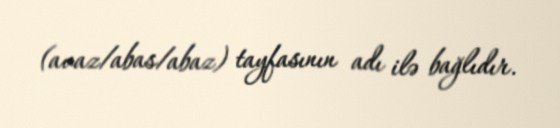
(avaz/abas/abaz) tayfasının adı ilə bağlıdır.